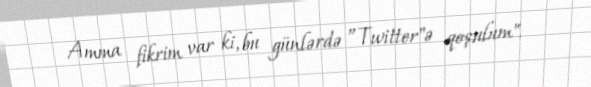
Amma fikrim var ki, bu günlərdə ”Twitter"ə qoşulum".